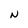
Character: N